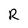
Character: R